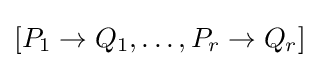
[P_{1}\to Q_{1},\ldots ,P_{r}\to Q_{r}]